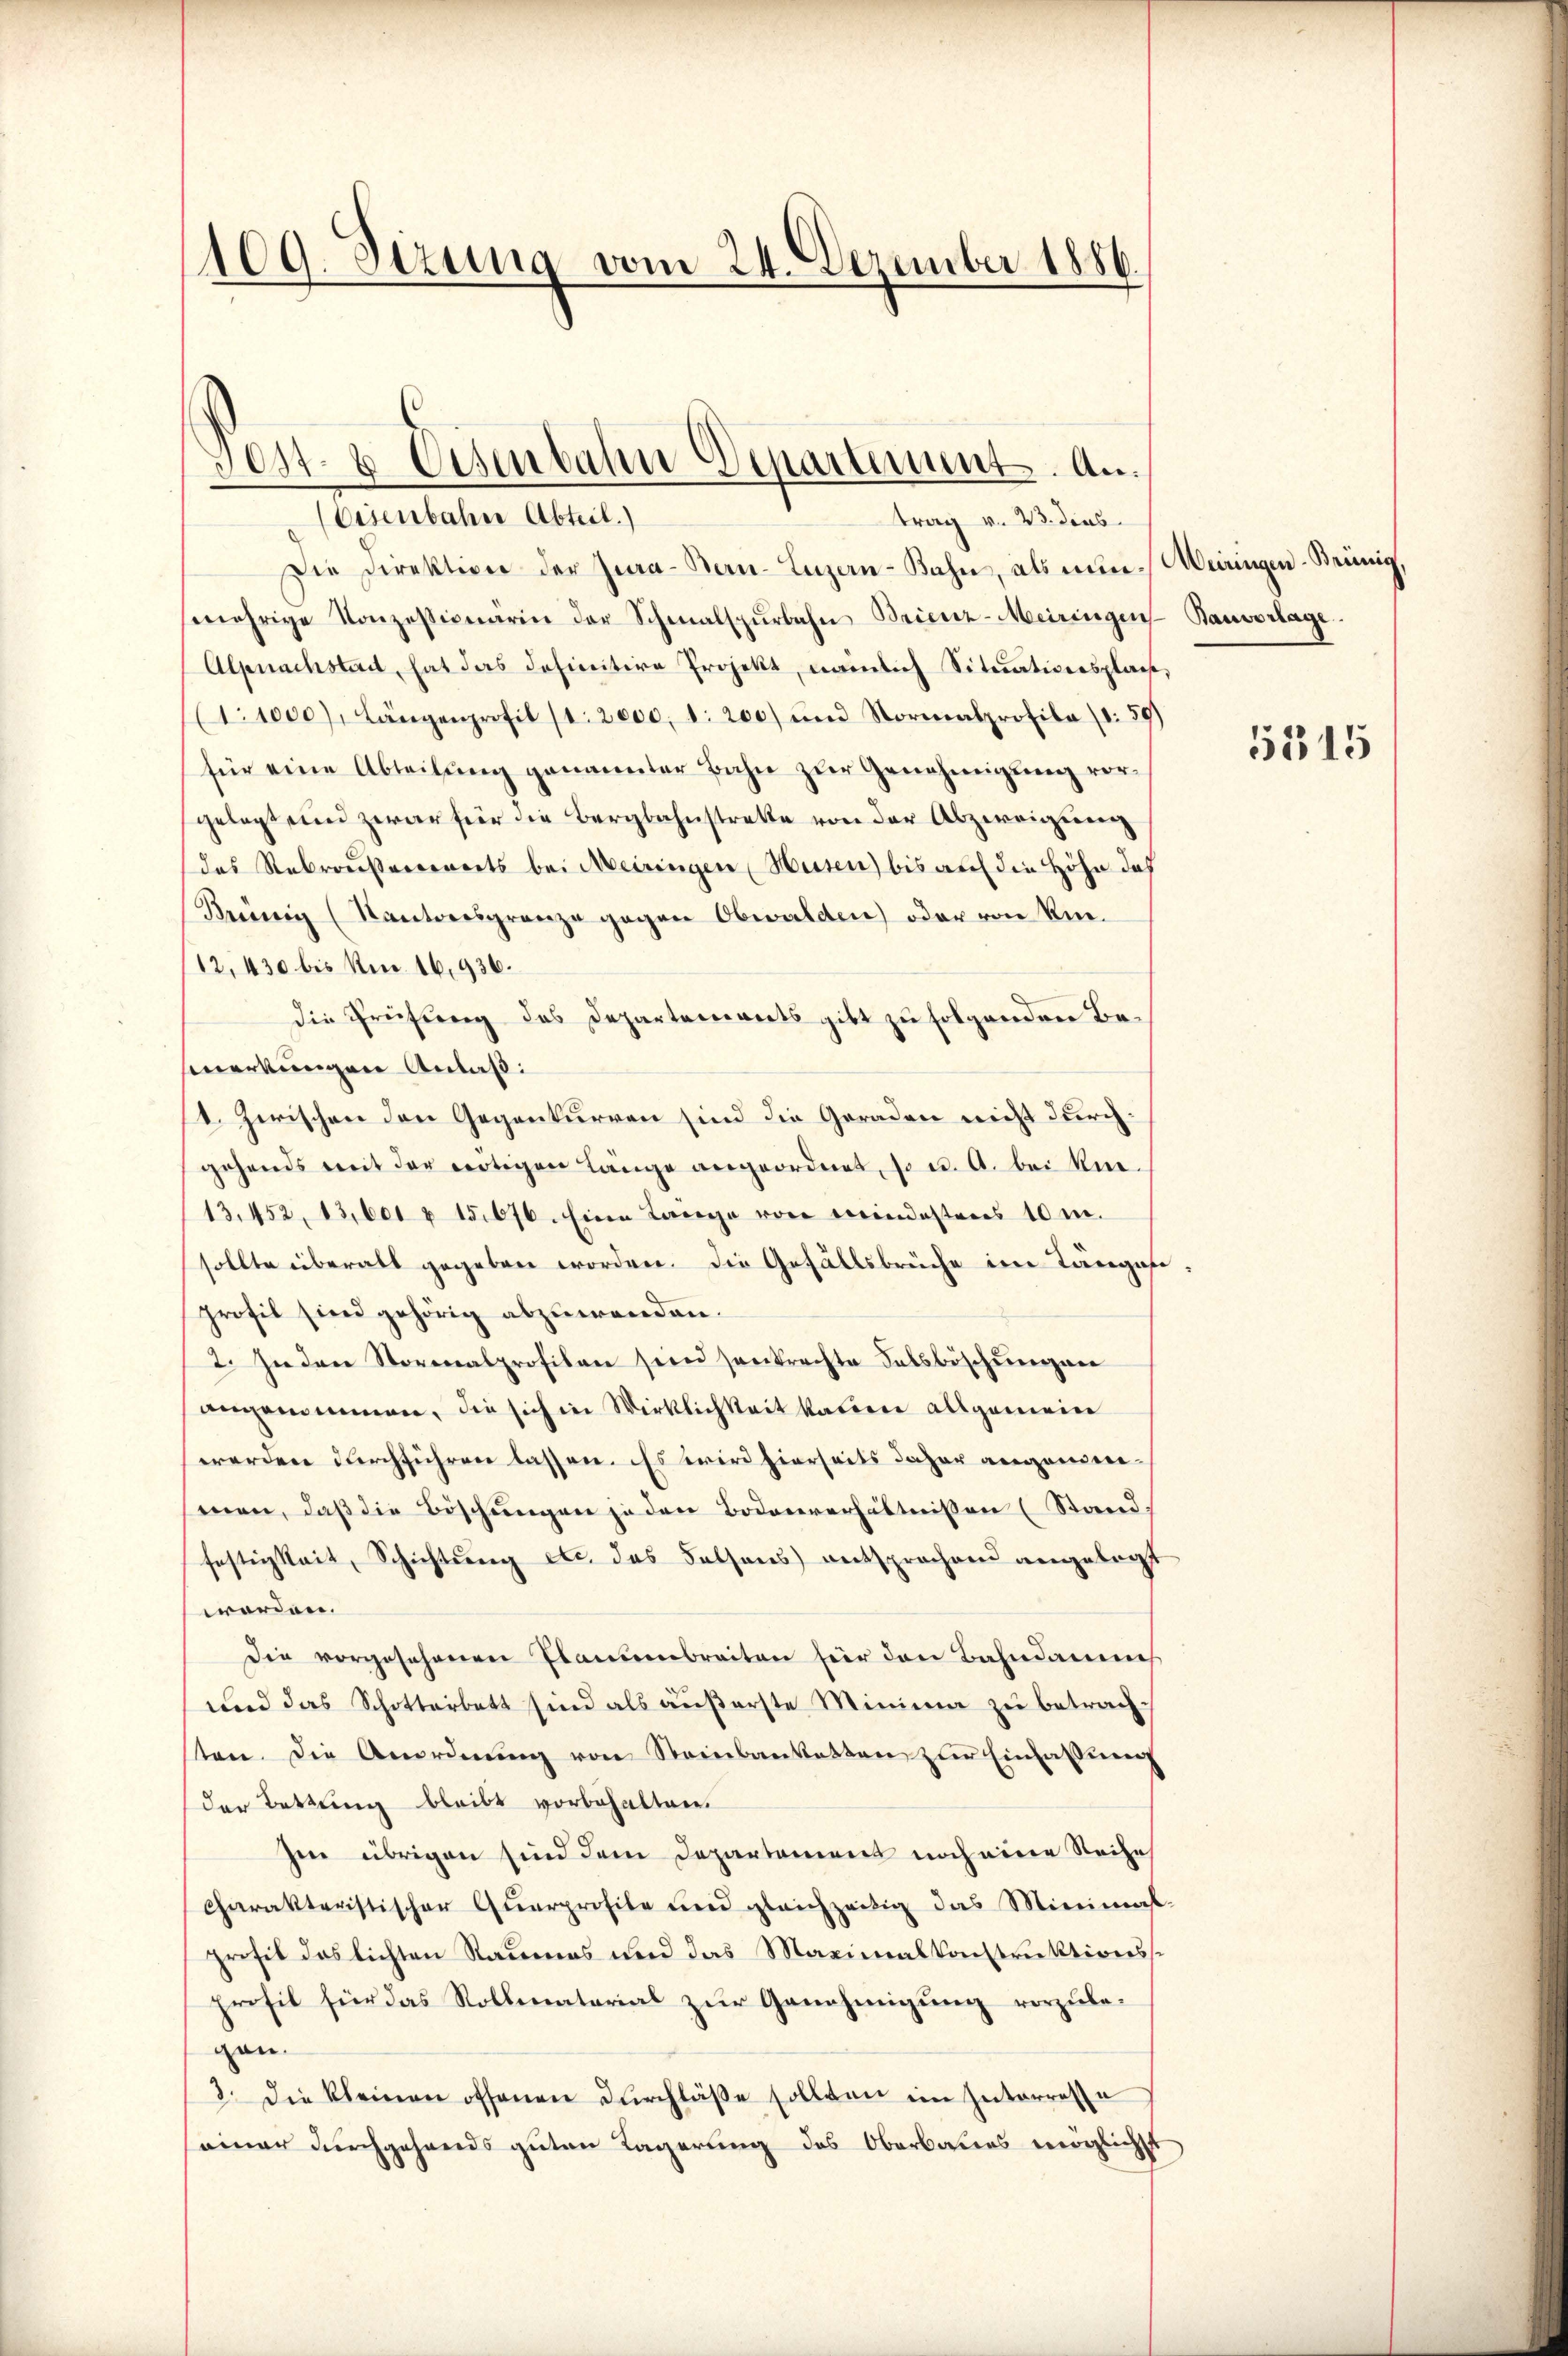
109. Sizung vom 24. Dezember 1886.

Jost 6 Eisenbahn Departement. An

Eisenbahne Abteil.)
trag v. 23. dens
Die Direktion der Zia-Sau-Luzan-Bahn, als nun-Weiringen-Beinig,
mehrige Konzessionärin der Schmalspŭrbahn Brienz-Meiringen Bauvorlage.
Alpnachstadt, hat das definitive Projekt, nämlich Situativersplan,
1:1000. Längenprofil (1. 2000. d. 200) und Normalprofila (1:59)
für eine Abteilŭng genannter Bahn zŭr Genehmigung vorgelegt und zwar für die Bergbahnstrette von der Abzweigung
das Rebraußerorderts bei Meiringen Husen) bis auf die Höhe dah
Beeinig (Kantonsgrenze gegen Obwalden) oder von Rie¬
/12, 430 bis Nr. 16,936.
die Prüfung des Departements gibt zu folgenden Be-
fmerkungen Anlaß:
1. Zwischen den Gegenkurren sind die Geraden nicht durch
gehends mit der nötigen Länge angeordnet, so u. A. bei Kie
13.452, 13,601 u 15676. Eine Lange von mindestens 10 m.
sollte überall gegeben worden. Die Gefällsbrüche im Tängofe
profil sind gehörig abzuwenden.
2. In den Storenalprofilen sein senkrechte Felsböschungen
angenommen, die sich in Wirklichkeit katione allgemein
werden durchführen lassen. Es wird hierseits daher angemeinmen, daß die Böschungen zu den Bodenverhältnißen (Stand,
festigkeit, Schichtung etc. das Felsens entsprochend angelegt
worden.
Die vorgesehenen Planienbreiten für den Bahndammes
und das Schotterbett sind als äußerste Minima zu betrachsten. Die Anordnŭng von Steinbanketten zur Einlassung
der Bettung bleibt vorbehalten.
Ien übrigen sind dem Departement noch eine Reihe
Charakteristischer Qŭarprofile und gleichzeitig das Minimal-
profil des lichten Raumes und das Maximalkonstruktionsst
profil für das Rollmaterial zur Genehmigung vorzubegen.
3. die kleinen offenen dŭrchläβe sollten im Interreste
seiner durchgehends guten Lagerung des Oberbaues möglich

5315